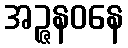
အဉ္ဇနဝနေ